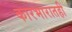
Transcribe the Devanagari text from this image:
कारभारातही